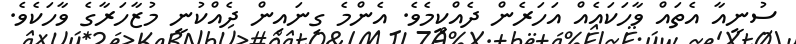
ސުނީއާ އެތައް ވާހަކައެއް އަހަރެން ދެއްކީމެވެ. އެންމެ ގިނައިން ދެއްކުނީ މުޒާހަރާގެ ވާހަކެވެ.